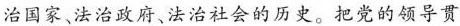
治国家、法治政府、法治社会的历史。把党的领导贯